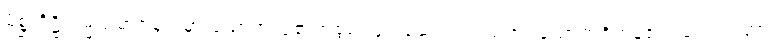
မိစ္ဆာဒိဋ္ဌိကမ္မသမာဒါနာ၊ မှားသောအယူ၏အစွမ်းဖြင့် ဆောက်တည်အပ်သောကံရှိကုန်၏။ တေ သတ္တာ၊